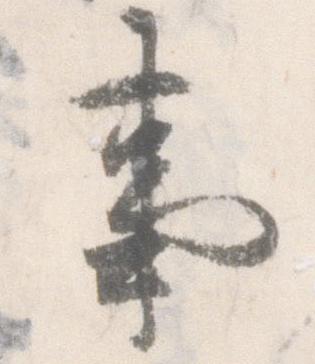
事